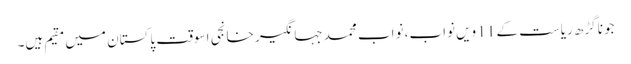
جونا گڑھ ریاست کے 11 ویں نواب، نواب محمد جہانگیر خانجی اسوقت پاکستان میں مقیم ہیں۔